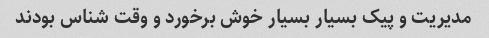
مدیریت و پیک بسیار بسیار خوش برخورد و وقت شناس بودند